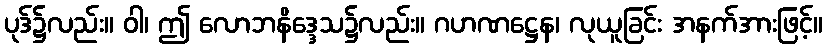
ပုဒ်၌လည်း။ ဝါ၊ ဤ လောဘနိဒ္ဒေသ၌လည်း။ ဂဟဏဋ္ဌေန၊ လုယူခြင်း အနက်အားဖြင့်။